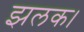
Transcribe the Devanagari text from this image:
झलक।